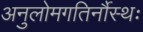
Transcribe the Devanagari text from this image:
अनुलोमगतिर्नौस्थः